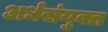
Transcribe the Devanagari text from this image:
अर्धसंयुक्त